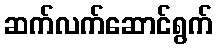
ဆက်လက်ဆောင်ရွက်